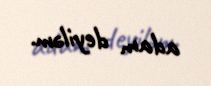
adam deyiləm.